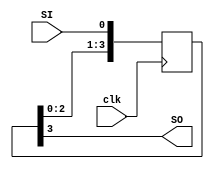
module shift_register
(
	clk,
	SI,
	SO,
);

	input clk, SI;
	output SO;

	reg [3:0] shift_reg;

	always @(posedge clk)
	begin
			shift_reg <= {shift_reg[2:0],SI};
	end
	assign SO = shift_reg[3];

endmodule